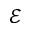
\mathcal { E }